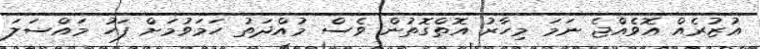
އުޒުރެއް އޮވެއްޖެ ނަމަ މިހާރު އޮތްގޮތުން ވެސް މުއްދަތު ހަމަވުމަށް ފަހު މައްސަލަ